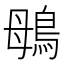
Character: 䳇